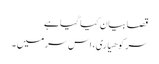
قصا بیان کیا گیا ہے
سر کوهیاری، اس سر میں ۔